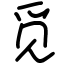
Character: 觅